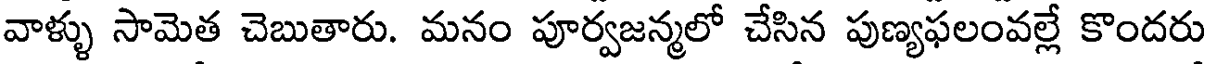
వాళ్ళు సామెత చెబుతారు. మనం పూర్వజన్మలో చేసిన పుణ్యఫలంవల్లే కొందరు